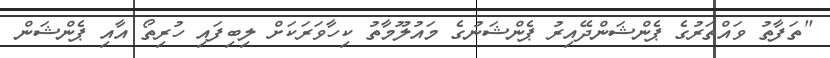
"ތަފާތު ވައްތަރުގެ ޕެންޝަންދޭއިރު ޕެންޝަނުގެ މައުލޫމާތު ކިހާވަރަކަށް ލިބިފައި ހުރިތޯ އާއި ޕެންޝަން